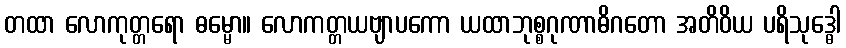
တထာ လောကုတ္တရော ဓမ္မော။ လောကတ္တယဗျာပကော ယထာဘုစ္စဂုဏာဓိဂတော အတိဝိယ ပရိသုဒ္ဓေါ